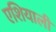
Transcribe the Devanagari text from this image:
एशियाली